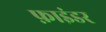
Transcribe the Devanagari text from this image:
फ़ाइंडर